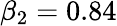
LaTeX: \beta_{2}=0.84